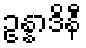
ဥန္နာဒိနီ